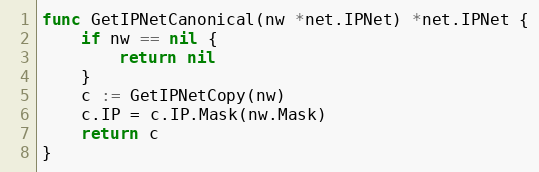
Language: Go
func GetIPNetCanonical(nw *net.IPNet) *net.IPNet {
	if nw == nil {
		return nil
	}
	c := GetIPNetCopy(nw)
	c.IP = c.IP.Mask(nw.Mask)
	return c
}